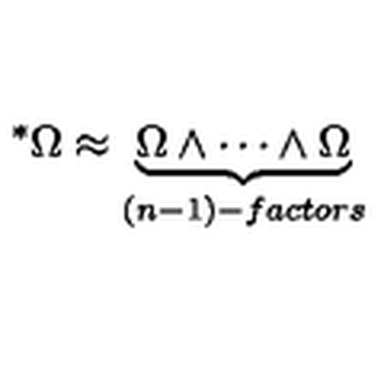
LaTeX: ^ \ast \Omega \approx \underbrace { \Omega \wedge \cdots \wedge \Omega } _ { ( n - 1 ) - f a c t o r s }